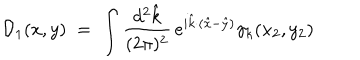
{ \mathcal D } _ { 1 } ( x , y ) \; = \; \int \frac { d ^ { 2 } { \hat { k } } } { ( 2 \pi ) ^ { 2 } } \, e ^ { i { \hat { k } } \cdot ( { \hat { x } } - { \hat { y } } ) } \gamma _ { k } ( x _ { 2 } , y _ { 2 } )